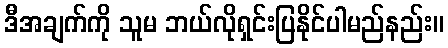
ဒီအချက်ကို သူမ ဘယ်လိုရှင်းပြနိုင်ပါမည်နည်း။